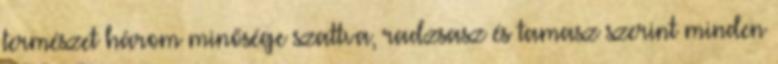
természet három minősége szattva, radzsasz és tamasz szerint minden